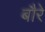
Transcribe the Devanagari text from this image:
बौरे